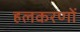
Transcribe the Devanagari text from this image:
हलकरणों